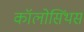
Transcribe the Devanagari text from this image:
कॉलोसिंथस